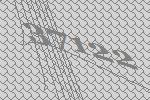
37122